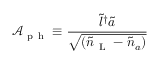
\mathcal { A } _ { \mathrm { ~ p ~ h ~ } } \equiv \frac { \tilde { l } ^ { \dagger } \tilde { a } } { \sqrt { ( \tilde { n } _ { \mathrm { ~ L ~ } } - \tilde { n } _ { a } ) } }